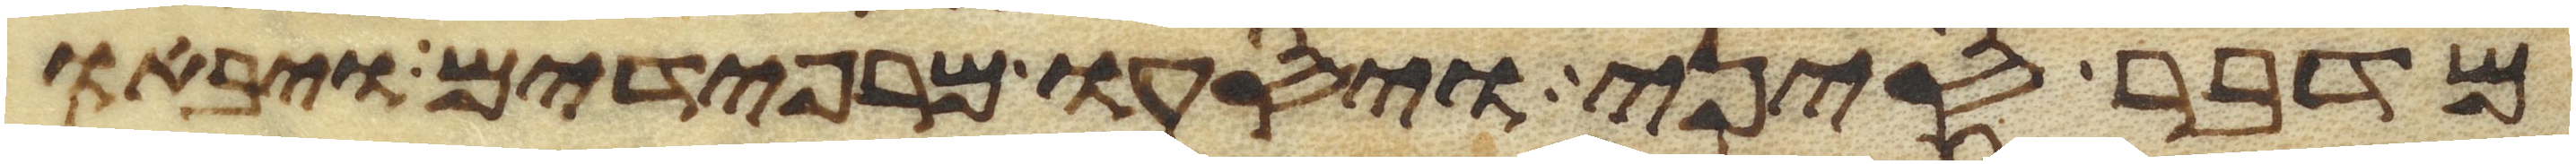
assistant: מדבר סיני ויסעו מרפידים ויבאו